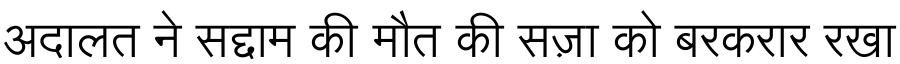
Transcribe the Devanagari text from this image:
अदालत ने सद्दाम की मौत की सज़ा को बरकरार रखा